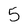
Character: 5